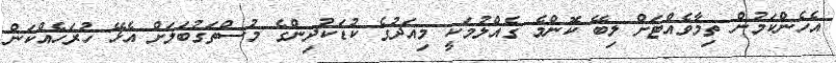
އެހެންކަމުން ތިމާވެއްޓަށް ލިބޭ ކޮންމެ ގެއްލުމަކީ މިއަދުގެ ކުޑަކުދިންގެ މުސްތަގުބަލަށް އެޅޭ ހުރަހެއްކަން